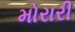
મોરારી